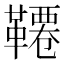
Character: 𩌷